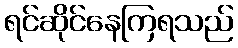
ရင်ဆိုင်နေကြရသည်